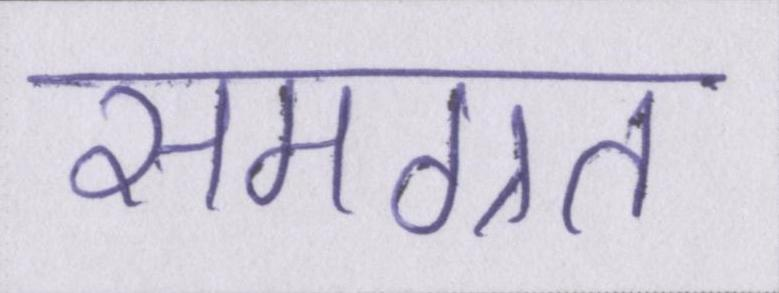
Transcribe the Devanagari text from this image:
समग्रत